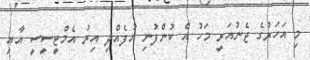
މި އަހަރުގެ ޖެނުއަރީ މަހު އެ ކުންފުނި އުފެއްދި އިރު އެމްޓީސީސީ އާއި